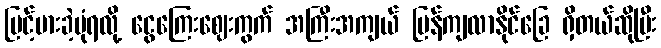
မြင့်မားခဲ့ပုံရလို့ ငွေကြေးဈေးကွက် အကြီးအကျယ် ပြန်ကျလာနိုင်ခြေ ရှိတယ်ဆိုပြီး